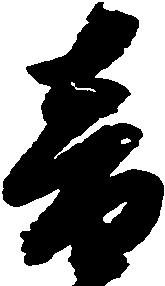
音